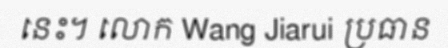
នេះ។ លោក Wang Jiarui ប្រធាន